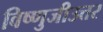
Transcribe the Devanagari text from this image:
विष्णुजीउत्तर